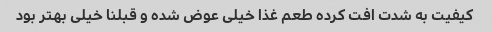
کیفیت به شدت افت کرده طعم غذا خیلی عوض شده و قبلنا خیلی بهتر بود